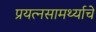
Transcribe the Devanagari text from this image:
प्रयत्‍नसामर्थ्याचे